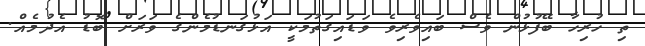
ތި ހުރިހާ ބޭފުޅުން ވެސް ބައިވެރިވެ ވަޑައިގަތުމަކީ އަޅުގަނޑުމެންގެ ވަރަށް ބޮޑު އެދުމެއް.